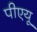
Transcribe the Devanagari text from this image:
पीएयू